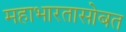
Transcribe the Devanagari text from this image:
महाभारतासोबत